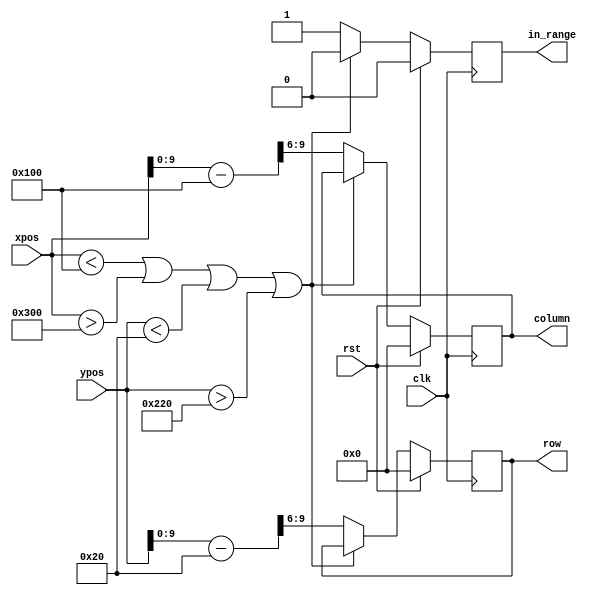
`timescale 1ns / 1ps
//////////////////////////////////////////////////////////////////////////////////
// Company: 
// Engineer: 
// 
// Design Name: 
// Module Name: convert_to_row_col
// Project Name: 
// Target Devices: 
// Tool Versions: 
// Description: 
// 
// Dependencies: 
// 
// Revision:
// Revision 0.01 - File Created
// Additional Comments:
// 
//////////////////////////////////////////////////////////////////////////////////


module convert_to_row_col(
	input wire clk, rst,
    input  wire [11:0] xpos, ypos,

    output reg [3:0] column, row,
    output reg in_range
    );

localparam      UP = 32,
                LEFT = 256,
                SQUARE_SIZE = 64;

reg [3:0] row_nxt, col_nxt;
reg [11:0] xpos_nxt, ypos_nxt;
reg in_range_nxt;

always @(posedge clk)
    begin
        if(rst) begin
            column <= 0;
            row <= 0;
            in_range <= 0;
        end
        else begin
            column <= col_nxt;
            row <= row_nxt;
            in_range <= in_range_nxt;
        end
    end

always @*
    begin
        col_nxt = column;
        row_nxt = row;
        if((xpos < LEFT)| (xpos > (LEFT + 8*SQUARE_SIZE)) | (ypos < UP) | (ypos > (UP + 8*SQUARE_SIZE))) begin
            in_range_nxt = 0;
        end
        else begin
            xpos_nxt = xpos - LEFT;
            ypos_nxt = ypos - UP;
            col_nxt = xpos_nxt[9:6];
            row_nxt = ypos_nxt[9:6];
            in_range_nxt = 1;
        end
    end
endmodule